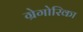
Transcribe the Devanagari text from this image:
ग्रेगोरिका